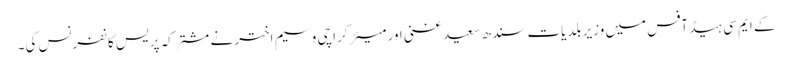
کے ایم سی ہیڈ آفس میں وزیر بلدیات سندھ سعید غنی اور میئر کراچی وسیم اختر نے مشترکہ پریس کانفرنس کی۔